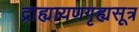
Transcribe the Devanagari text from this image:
द्राह्यायणगृह्यसूत्र